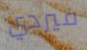
فيردي